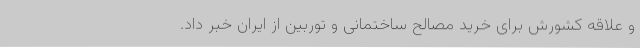
و علاقه کشورش برای خرید مصالح ساختمانی و توربین از ایران خبر داد.